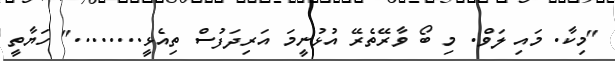
"މިކާ. މައި ލަވް. މި ބޯ ވާރޭތެރޭ އުޅުނީމަ އަރިދަފުސް ތިއެޅީ........" ހަޔާތީ